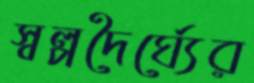
স্বল্পদৈর্ঘ্যের